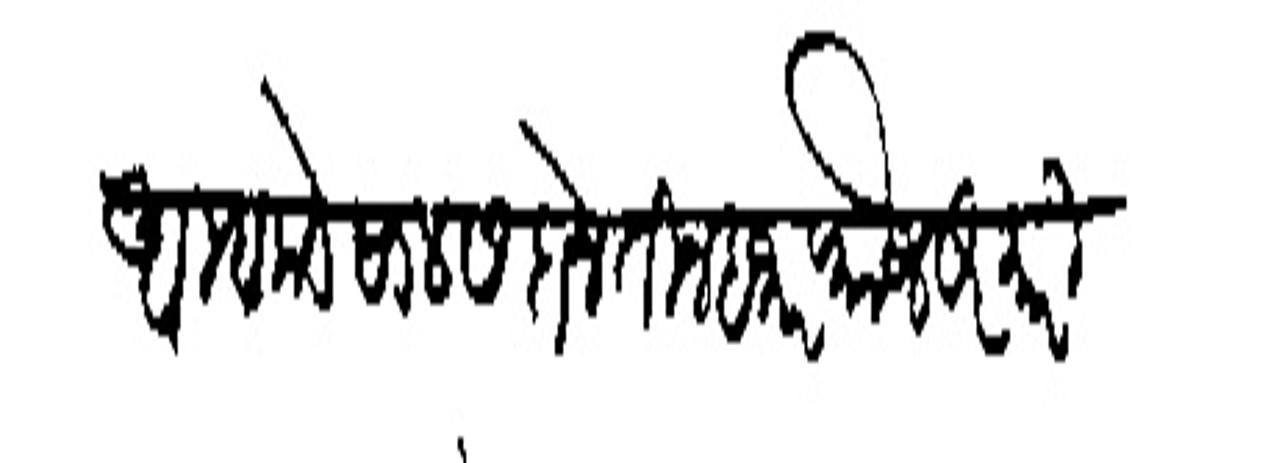
Transliteration (Devanagari): आम्हाकडे सालस दोन तीन हजार फौज सरकारी